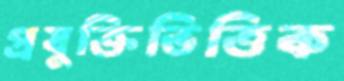
প্রযুক্তিভিত্তিক